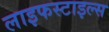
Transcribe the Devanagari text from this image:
लाइफस्टाइल्स